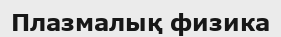
Плазмалық физика